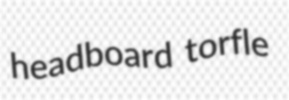
headboard torfle